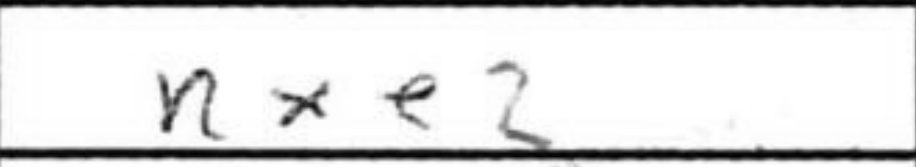
Transcription: Nxe2